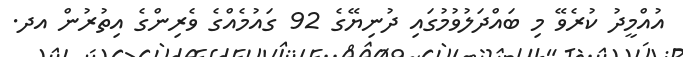
އުއްމީދު ކުރެވޭ މި ބައްދަލުވުމުގައި ދުނިޔޭގެ 92 ގައުމެއްގެ ވެރިންގެ އިތުރުން އދ.